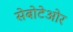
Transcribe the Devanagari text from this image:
सेबोटेओर